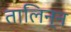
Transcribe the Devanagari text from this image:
तालिन्न